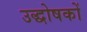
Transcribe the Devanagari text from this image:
उद्धोषकों